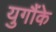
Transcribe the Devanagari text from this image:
युगौंके